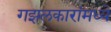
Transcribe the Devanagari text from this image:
गझलकारांमध्ये